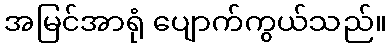
အမြင်အာရုံ ပျောက်ကွယ်သည်။